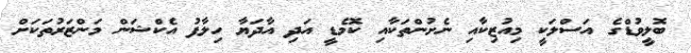
ބޮލީވުޑްގެ އަސްލަކީ މިއުޒިކާއި ނެށުންތަކާއި ކޮމެޑީ އަދި އާދަޔާ ހިލާފު އެކްޝަން މަންޒަރުތަކަށް